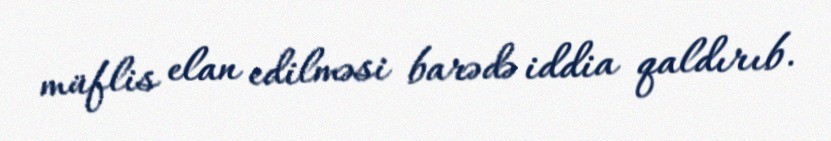
müflis elan edilməsi barədə iddia qaldırıb.